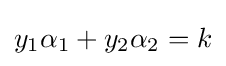
y_{1}\alpha _{1}+y_{2}\alpha _{2}=k